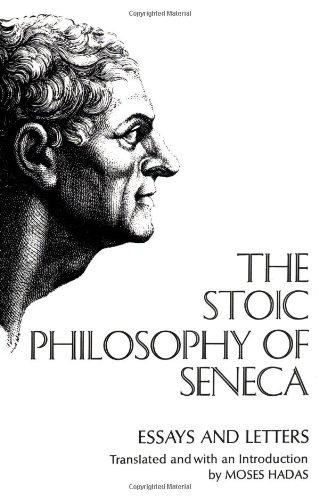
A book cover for Stoic Philosophy of Seneca: Essays and Letters; Lucius Annaeus Seneca; Politics & Social Sciences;